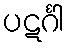
ပဋင်္ဂါ